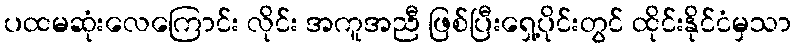
ပထမဆုံးလေကြောင်း လိုင်း အကူအညီ ဖြစ်ပြီးရှေ့ပိုင်းတွင် ထိုင်းနိုင်ငံမှသာ